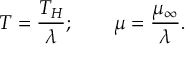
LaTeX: T = { \frac { T _ { H } } { \lambda } } ; \qquad \mu = { \frac { \mu _ { \infty } } { \lambda } } .